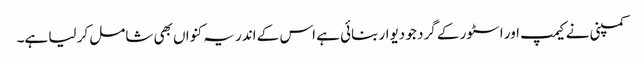
کمپنی نے کیمپ اور اسٹور کے گرد جو دیوار بنائی ہے اس کے اندر یہ کنواں بھی شامل کر لیا ہے۔